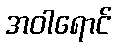
အဝါရောင်